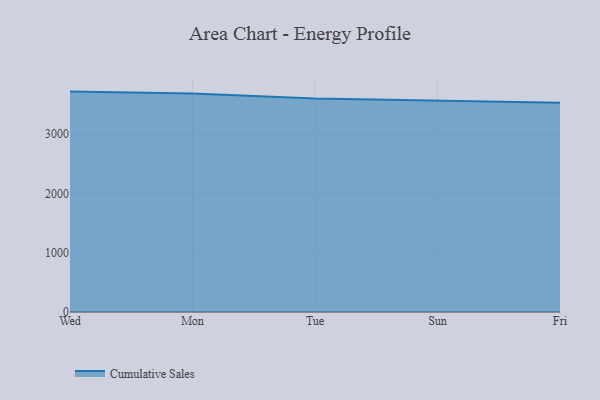
{"axis": {"x": "Day", "y": "Latency (ms)"}, "legend": ["Cumulative Sales"], "data": [{"x": "Wed", "y": 3715.6, "type": "Cumulative Sales"}, {"x": "Mon", "y": 3682.5, "type": "Cumulative Sales"}, {"x": "Tue", "y": 3597.9, "type": "Cumulative Sales"}, {"x": "Sun", "y": 3562.6, "type": "Cumulative Sales"}, {"x": "Fri", "y": 3528.5, "type": "Cumulative Sales"}]}